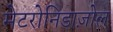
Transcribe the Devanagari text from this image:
मेटरोनिडाज़ोल